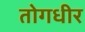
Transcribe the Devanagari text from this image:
तोगधीर